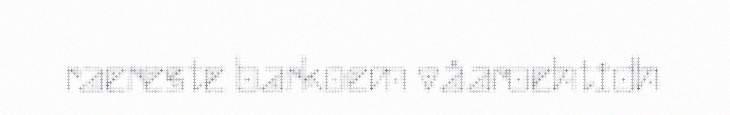
raereste barkoem våaroehtidh